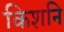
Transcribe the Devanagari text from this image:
किशनि